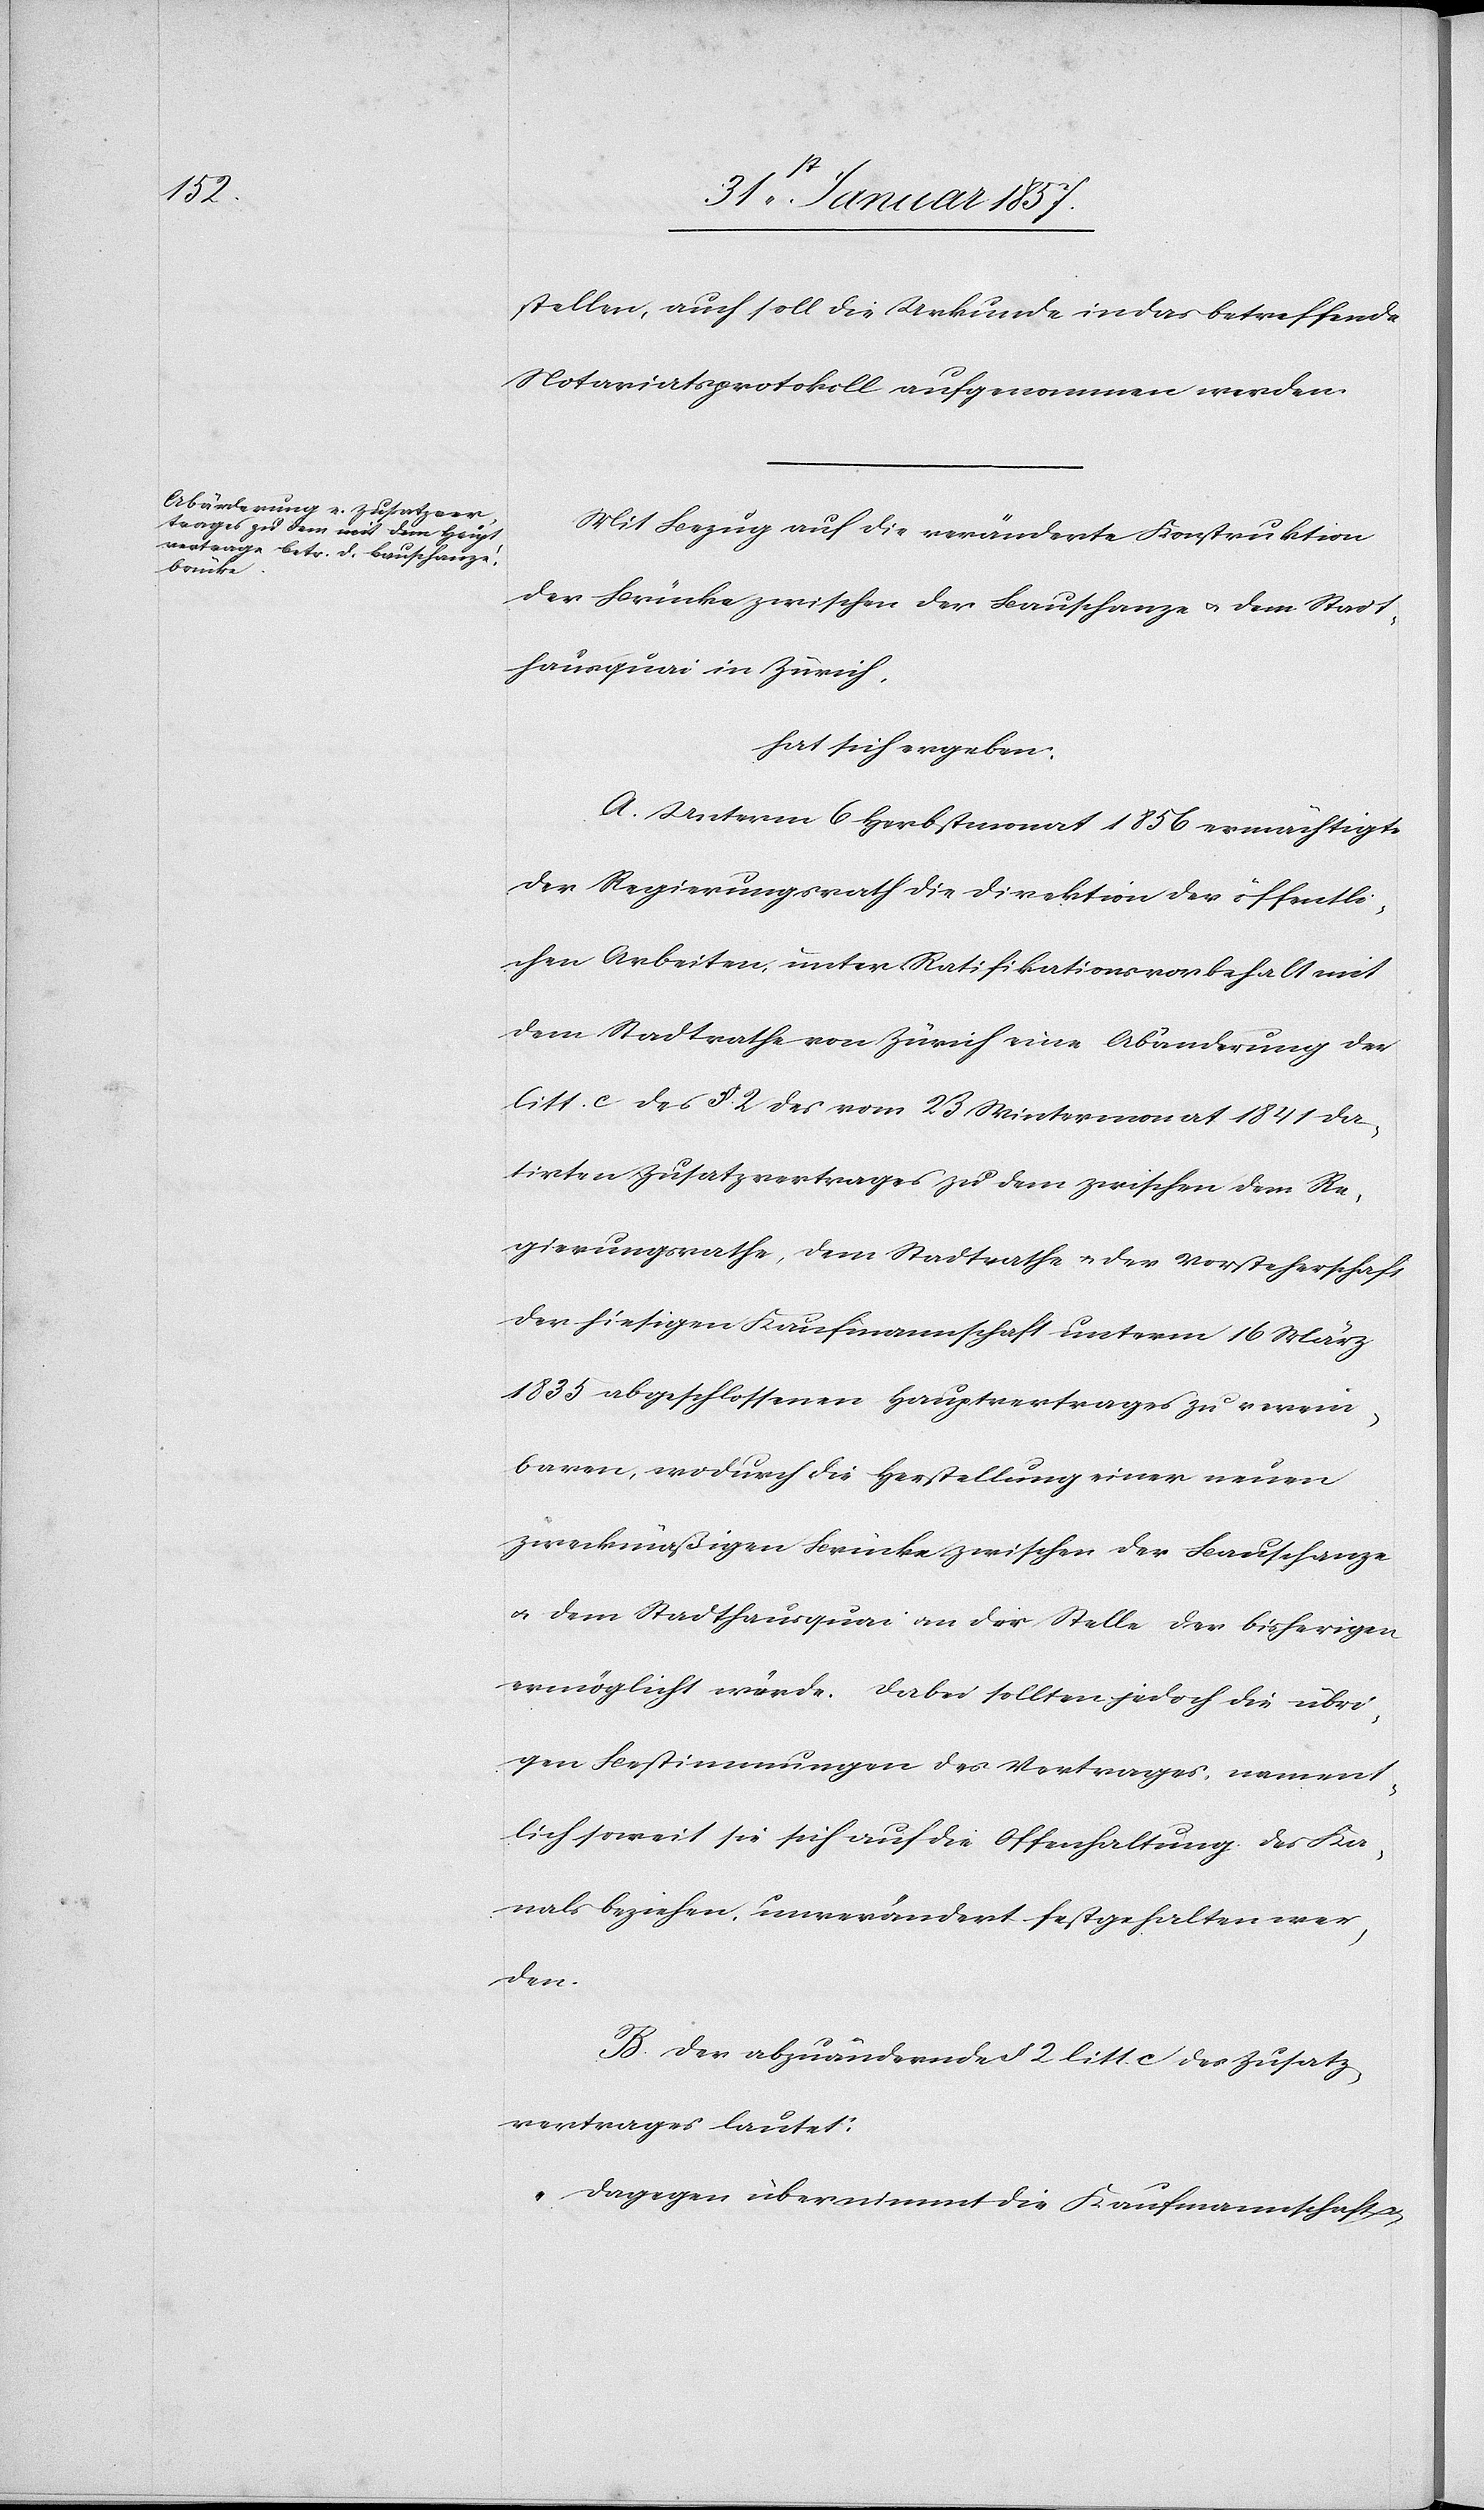
stellen, auch soll die Urkunde in das betreffende
Notariatsprotokoll aufgenommen werden.
Mit Bezug auf die veränderte Konstruktion
der Brücke zwischen der Bauschanze u. dem Stadt¬
hausquai in Zürich,
hat sich ergeben:
A. Unterm 6 Herbstmonat 1856 ermächtigt
der Regierungsrath die Direktion der öffentli¬
chen Arbeiten unter Ratifikationsvorbehalt mit
dem Stadtrath von Zürich eine Abänderung der
litt. c des §. 2 des vom 23 Wintermonat 1841 da¬
tirten Zusatzvertrages zu dem zwischen dem Re¬
gierungsrathe, dem Stadtrathe & der Vorsteherschaft
der hiesigen Kaufmannschaft unterm 16 März
1835 abgeschlossenen Hauptvertrages zu verein¬
baren, wodurch die Herstellung einer neuen
zweckmäßigen Brücke zwischen der Bauschanze
& dem Stadthausquai an die Stelle der bisherigen
ermöglicht würde. Dabei sollten jedoch die übri¬
gen Bestimmungen des Vertrages, nament¬
lich soweit sie sich auf die Offenhaltung des Ka¬
nals beziehen, unverändert festgehalten wer¬
den.
B. Der abzuändernde § 2 litt. c des Zusatz¬
vertrages lautet:
„Dagegen übernimmt die Kaufmannschaft &